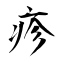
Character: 疹